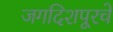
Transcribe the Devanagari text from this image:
जगदिशपूरचे